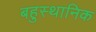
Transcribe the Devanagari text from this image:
बहुस्थानिक